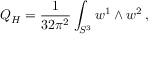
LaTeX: Q _ { H } = \frac { 1 } { 3 2 \pi ^ { 2 } } \int _ { S ^ { 3 } } w ^ { 1 } \wedge w ^ { 2 } \, ,